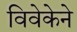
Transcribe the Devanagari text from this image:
विवेकेने